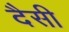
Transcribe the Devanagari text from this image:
दैसी